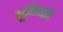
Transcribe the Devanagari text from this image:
भूमिधारी